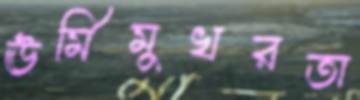
ঊর্মিমুখরতা